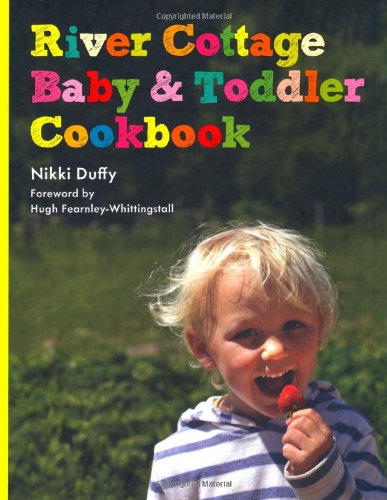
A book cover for River Cottage Baby and Toddler Cookbook; Nikki Duffy; Cookbooks, Food & Wine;